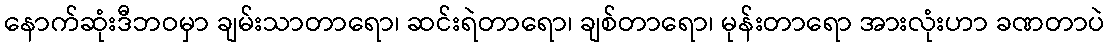
နောက်ဆုံးဒီဘဝမှာ ချမ်းသာတာရော၊ ဆင်းရဲတာရော၊ ချစ်တာရော၊ မုန်းတာရော အားလုံးဟာ ခဏတာပဲ